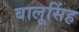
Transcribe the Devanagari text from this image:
बालूसिंह